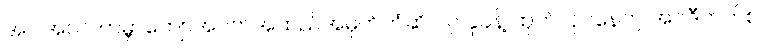
အပါအဝင် ကမ္ဘာကျော်အဝတ်အထည်အမှတ်တံဆိပ် ၇ ခုခန့် ထုတ်လုပ်နေတဲ့ အင်ဒီတက်စ်